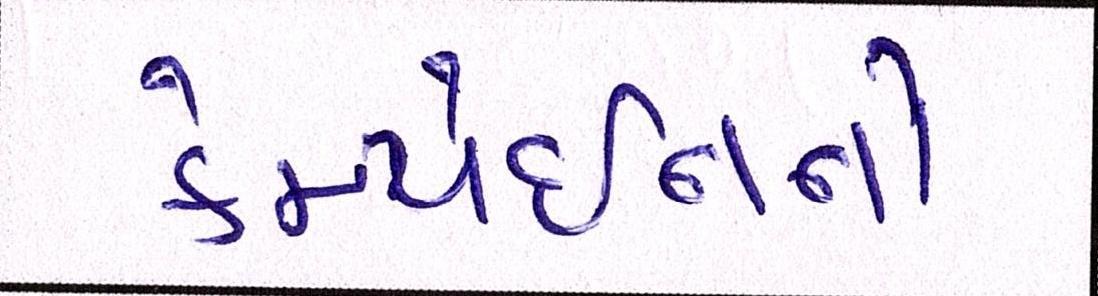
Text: કેમ્પેઈનનો